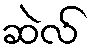
ဆဲလ်